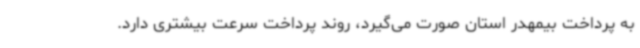
به پرداخت بیمهدر استان صورت می‌گیرد، روند پرداخت سرعت بیشتری دارد.